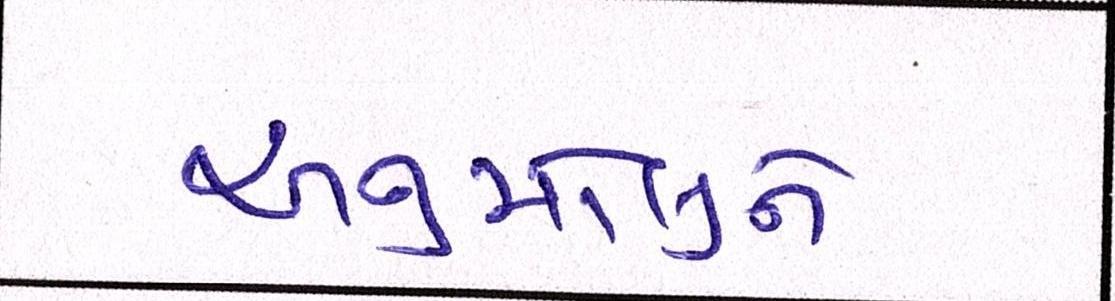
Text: અનુમોલુને